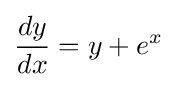
{\frac {dy}{dx}}=y+e^{x}